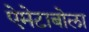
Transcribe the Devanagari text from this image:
ऐमेटाबोला